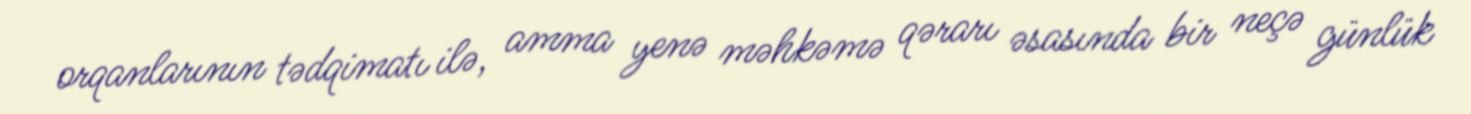
orqanlarının tədqimatı ilə, amma yenə məhkəmə qərarı əsasında bir neçə günlük